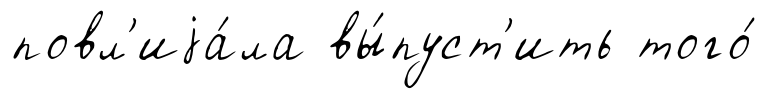
повл'иjа́ла вы́пуст'ить того́